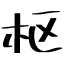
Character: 枢